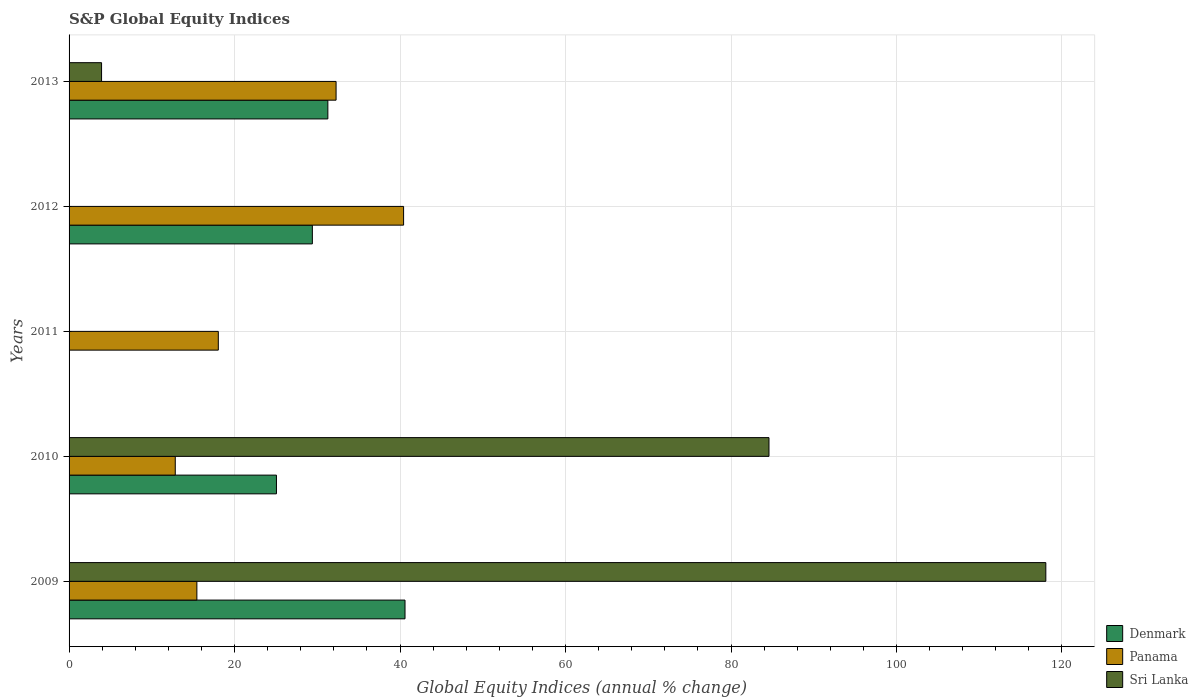
| Years | Denmark | Panama | Sri Lanka |
 | --- | --- | --- | --- |
 | 2009 | 40.6 | 15.4 | 118 |
 | 2010 | 25.1 | 12.8 | 84.6 |
 | 2011 | -17.3 | 18 | -23 |
 | 2012 | 29.4 | 40.4 | -13.1 |
 | 2013 | 31.3 | 32.3 | 3.93 |